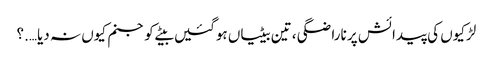
لڑکیوں کی پیدائش پر ناراضگی ، تین بیٹیاں ہوگئیں بیٹے کو جنم کیوں نہ دیا….؟